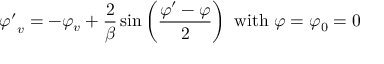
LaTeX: { \varphi ^ { \prime } } _ { v } = - \varphi _ { v } + { \frac { 2 } { \beta } } \sin \left( { \frac { \varphi ^ { \prime } - \varphi } { 2 } } \right) { \mathrm { ~ w i t h ~ } } \varphi = \varphi _ { 0 } = 0